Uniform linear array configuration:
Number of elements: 16
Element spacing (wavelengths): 0.25
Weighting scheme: blackman
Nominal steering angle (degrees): -15
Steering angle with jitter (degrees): -13.599
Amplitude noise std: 0.05
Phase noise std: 0.05

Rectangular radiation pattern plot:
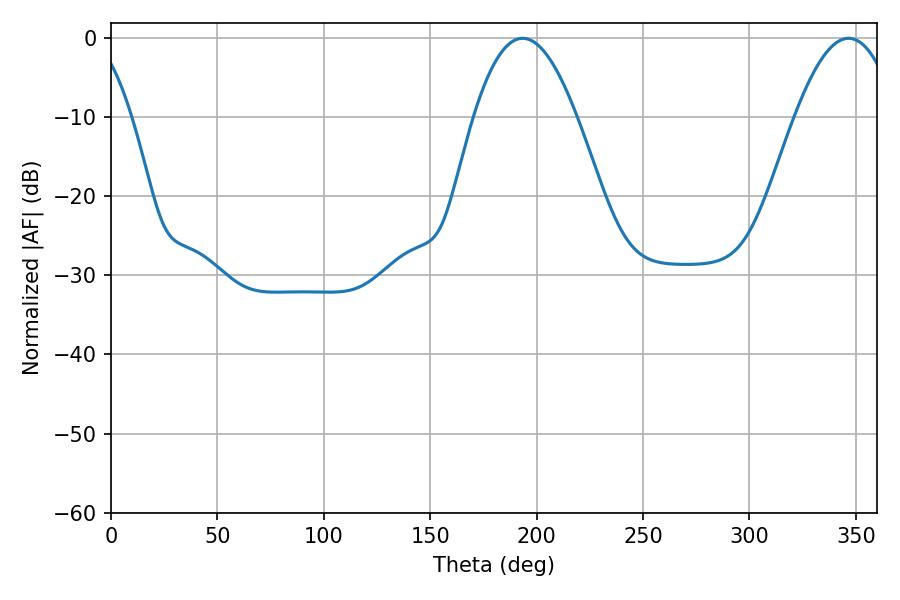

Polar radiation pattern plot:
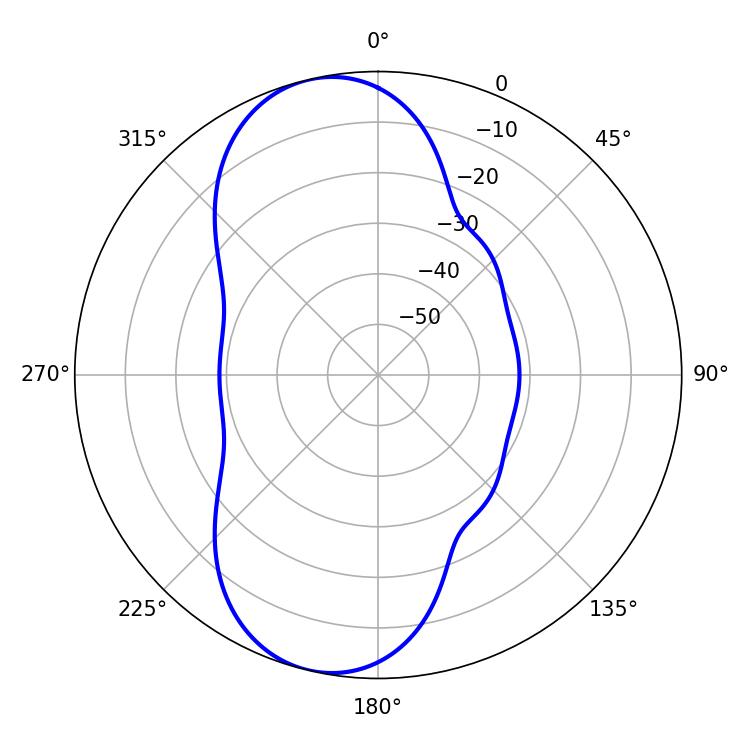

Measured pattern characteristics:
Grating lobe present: FALSE
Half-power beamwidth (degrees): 26.46
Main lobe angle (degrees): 193.5